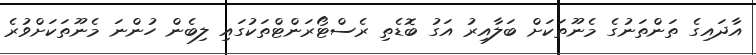
އާދައިގެ ތަންތަނުގެ މެނޫތަކަށް ބަލާއިރު އަގު ބޮޑެތި ރެސްޓޯރަންޓްތަކުގައި ލިބެން ހުންނަ މެނޫތަކަށްވުރެ